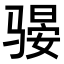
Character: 𫘫